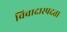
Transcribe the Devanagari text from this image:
विवादास्पदता